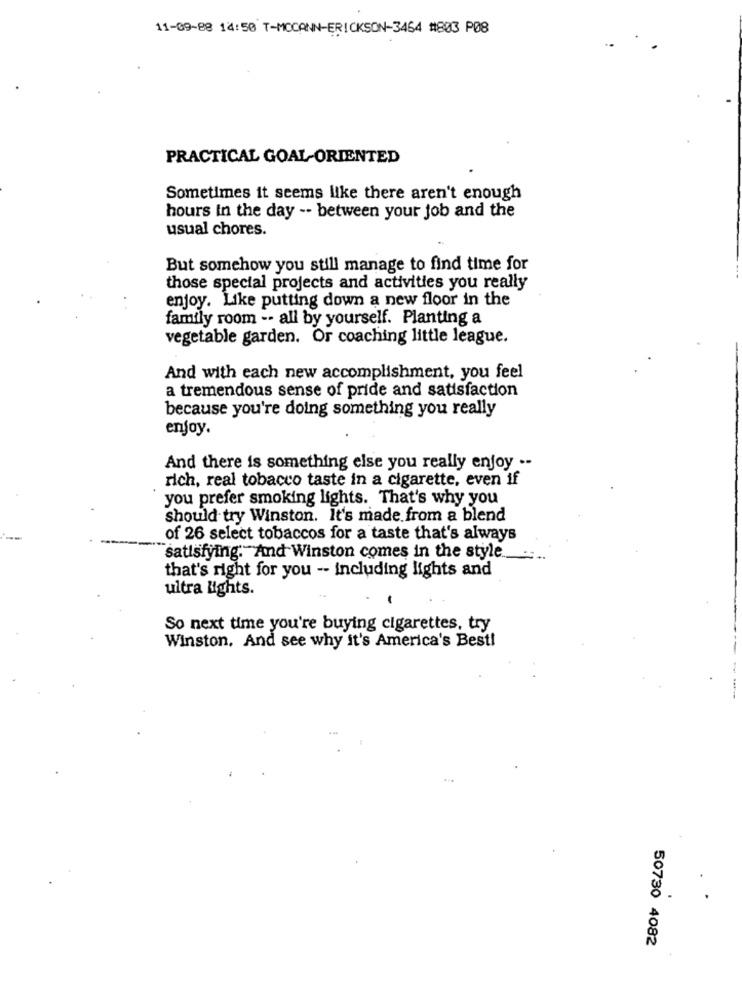
11-09-88 14:50 T-MCCANN-ERICKSON-3464 #803 P08
PRACTICAL GOAL-ORIENTED
Sometimes it seems like there aren't enough
hours In the day -- between your job and the
usual chores.
But somehow you still manage to find time for
those special projects and activities you really
enjoy. Like putting down a new floor in the
family room -- all by yourself. Planting a
vegetable garden. Or coaching little league.
And with each new accomplishment, you feel
a tremendous sense of pride and satisfaction
because you're doing something you really
enjoy.
And there is something else you really enjoy --
rich, real tobacco taste in a cigarette, even if
you prefer smoking lights. That's why you
should try Winston. It's made from a blend
of 26 select tobaccos for a taste that's always
satisfying. And Winston comes in the style.
that's right for you -- including lights and
ultra lights.
So next time you're buying cigarettes, try
Winston, And see why it's America's Best!
50730 4082